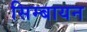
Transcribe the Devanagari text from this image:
सिम्बायन